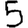
Digit: 5